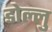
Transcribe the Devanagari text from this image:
डोल्लु